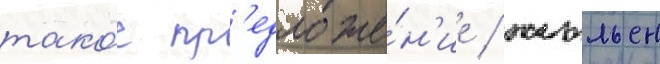
тако́е пр'едложе́н'ие / жюльен